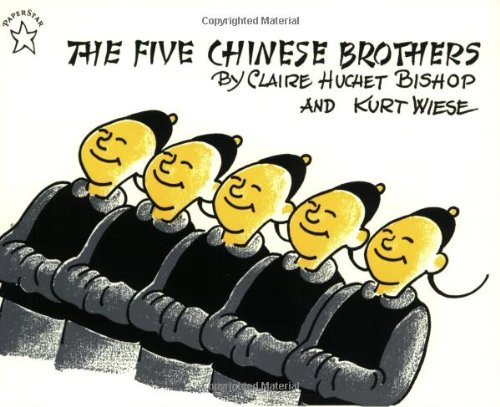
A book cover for The Five Chinese Brothers (Paperstar); Claire Huchet Bishop; Children's Books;